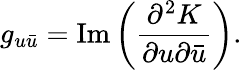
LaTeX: g_{u\bar{u}}=\mathrm{Im}\left(\frac{\partial^{2}K}{\partial u\partial\bar{u}}\right).